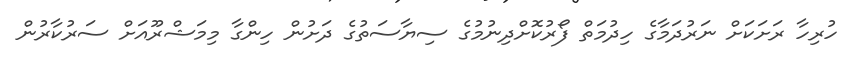
ހުރިހާ ރަށަކަށް ނަރުދަމާގެ ހިދުމަތް ފޯރުކޮށްދިނުމުގެ ސިޔާސަތުގެ ދަށުން ހިންގާ މިމަޝްރޫއަށް ސަރުކާރުން